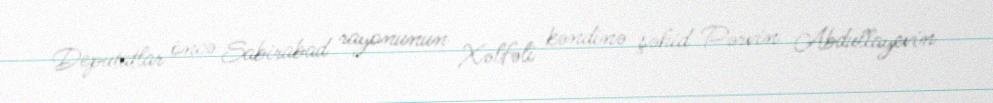
Deputatlar öncə Sabirabad rayonunun Xəlfəli kəndinə şəhid Pərvin Abdullayevin